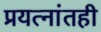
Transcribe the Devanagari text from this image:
प्रयत्‍नांतही